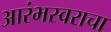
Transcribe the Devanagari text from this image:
आरंभस्वराचा